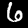
Digit: 6